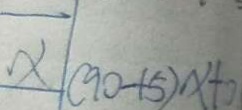
x ( 9 0 - 1 5 ) x + 0